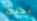
بذلك